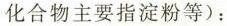
化合物主要指淀粉等)：